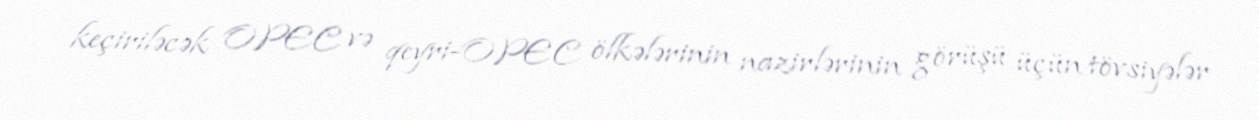
keçiriləcək OPEC və qeyri-OPEC ölkələrinin nazirlərinin görüşü üçün tövsiyələr